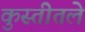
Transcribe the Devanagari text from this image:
कुस्तीतले